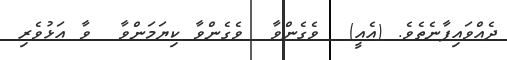
ދެއްވައިފާނެތެވެ. (އެއީ)  ވެގެންވާ  ވެގެންވާ ކިޔަމަންވާ  ވާ އަޅުވެރި